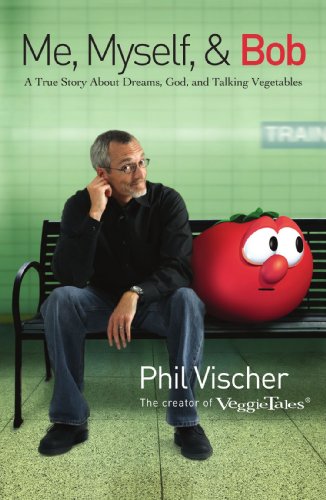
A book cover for Me, Myself, and Bob: A True Story About Dreams, God, and Talking Vegetables; Phil Vischer; Biographies & Memoirs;